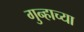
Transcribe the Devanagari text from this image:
गुन्हाच्या